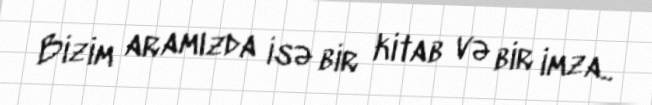
Bizim aramızda isə bir kitab və bir imza..